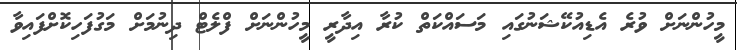
މީހުންނަށް ވުރެ އެޑިއުކޭޝަނުގައި މަސައްކަތް ކުރާ އިދާރީ މީހުންނަށް ފްލެޓް ދިނުމަށް މަގުފަހިކޮށްފައިވާ